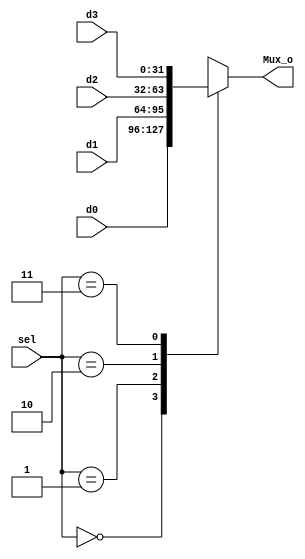
module mux4to1
#(
	parameter N = 32
)
(
	input		[1:0]		  sel,
	input		[N-1:0] d0, d1, d2, d3,	
	output reg [N-1:0] Mux_o
);

	always @(*) begin
		case (sel)
			0 : Mux_o = d0;
			1 : Mux_o = d1;
			2 : Mux_o = d2;
			3 : Mux_o = d3;
			endcase
		end
	endmodule